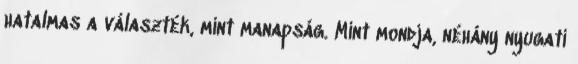
hatalmas a választék, mint manapság. Mint mondja, néhány nyugati